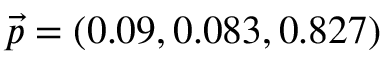
\vec { p } = ( 0 . 0 9 , 0 . 0 8 3 , 0 . 8 2 7 )